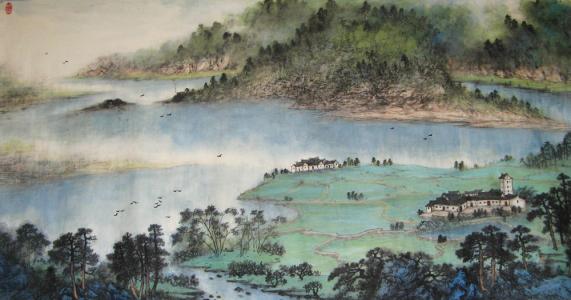
池上碧苔三四点，叶底黄鹂一两声。